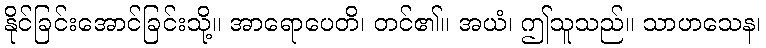
နိုင်ခြင်းအောင်ခြင်းသို့။ အာရောပေတိ၊ တင်၏။ အယံ၊ ဤသူသည်။ သာဟသေန၊